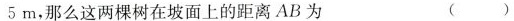
5m，那么这两棵树在坡面上的距离AB为 ( )